Leaving Certificate Examination (including Day School Certificate (Higher) General paper), 1939
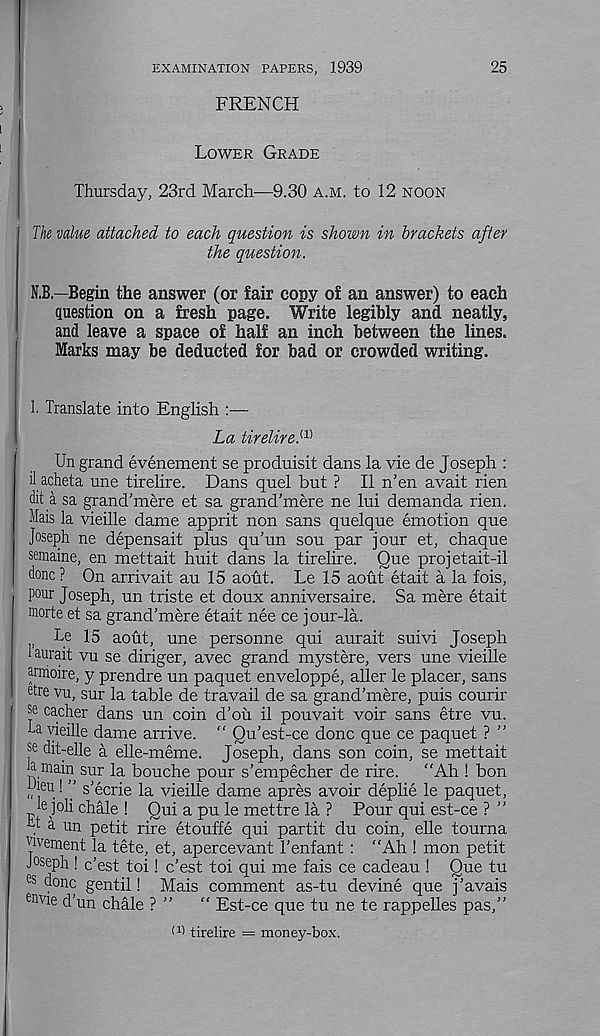
EXAMINATION PAPERS,
1939
FRENCH
25
LOWER GRADE
Thursday, 23rd March—9.30 A.M. to 12 NOON
The value attached to each question is shown in brackets after
the question.
N.B—Begin the answer (or fair copy of an answer) to each
question on a fresh page. Write legibly and neatly,
and leave a space of half an inch between the lines.
Marks may be deducted for bad or crowded writing.
1. Translate into English
La tirelire. a)
Un grand evenement se produisit dans la vie de Joseph :
il acheta une tirelire. Dans quel but ? II n’en avait rien
dit a sa grand’mere et sa grand’mere ne lui demanda rien.
Mais la vieille dame apprit non sans quelque emotion que
Joseph ne depensait plus qu’un sou par jour et, chaque
semaine, en mettait huit dans la tirelire. Que projetait-il
done ? On arrivait au 15 aout. Le 15 aout etait a la fois,
pour Joseph, un triste et doux anniversaire. Sa mere etait
mode et sa grand’mere etait nee ce jour-la.
Le 15 aout, une personne qui aurait suivi Joseph
1 aurait vu se diriger, avec grand mystere, vers une vieille
armoire, y prendre un paquet enveloppe, aller le placer, sans
e he vu, sur la table de travail de sa grand’mere, puis courir
se cacher dans un coin d’ou il pouvait voir sans etre vu.
ha vieille dame arrive. " Qu’est-ce done que ce paquet ? ”
se dit-elle a elle-meme. Joseph, dans son coin, se mettait
h main sur la bouche pour s’empecher de rire. “Ah ! bon
Lieu! ” s’ecrie la vieille dame apres avoir deplie le paquet,
le joli chale ! Qui a pu le mettre la ? Pour qui est-ce ? ”
. a u n petit rire etouffe qui partit du coin, elle tourna
'jivement la tete, et, apercevant Tenfant : “Ah ! mon petit
J°seph! e’est toi! e’est toi qui me fais ce cadeau ! Que tu
es ( J on c gentil! Mais comment as-tu devine que j’avais
e ovie d’un chale ? ” “ Est-ce que tu ne te rappelles pas,”
D) tirelire = money-box.